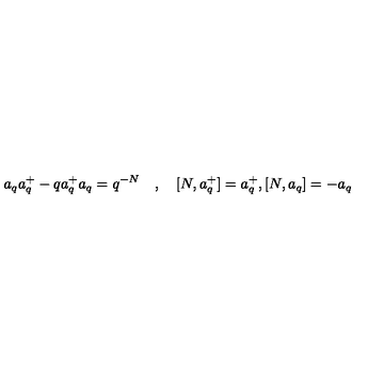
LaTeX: a _ { q } a _ { q } ^ { + } - q a _ { q } ^ { + } a _ { q } = q ^ { - N } \quad , \quad [ N , a _ { q } ^ { + } ] = a _ { q } ^ { + } , [ N , a _ { q } ] = - a _ { q }